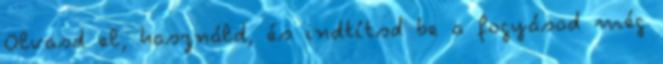
Olvasd el, használd, és indtítsd be a fogyásod még